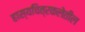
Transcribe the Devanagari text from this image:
हास्यचित्रकलेतील